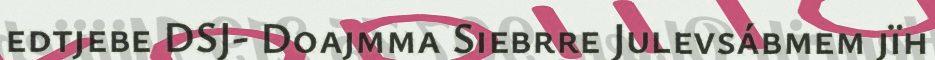
edtjebe DSJ- Doajmma Siebrre Julevsábmem jïh